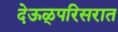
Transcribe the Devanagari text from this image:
देऊळ्परिसरात